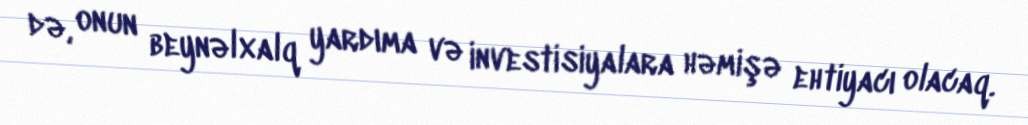
də, onun beynəlxalq yardıma və investisiyalara həmişə ehtiyacı olacaq.